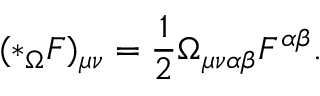
( * _ { \Omega } F ) _ { \mu \nu } = \frac { 1 } { 2 } \Omega _ { \mu \nu \alpha \beta } F ^ { \alpha \beta } .